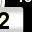
Digit: 2